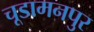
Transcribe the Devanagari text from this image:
चूडामनपुर